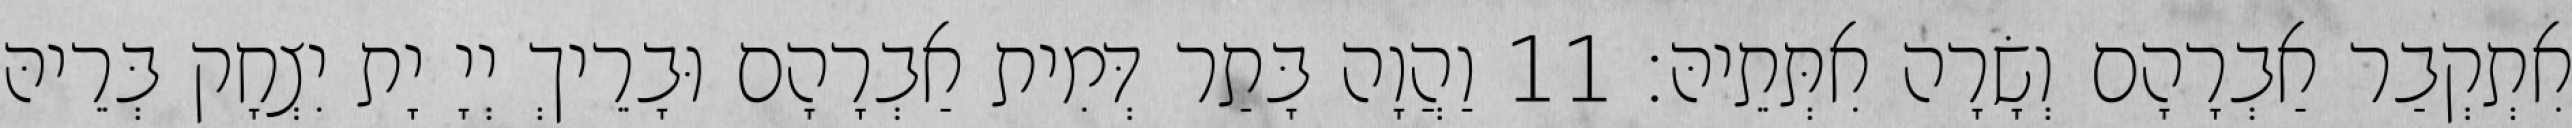
אִתְקְבַר אַבְרָהָם וְשָׂרָה אִתְּתֵיהּ׃ 11 וַהֲוָה בָּתַר דְּמִית אַבְרָהָם וּבָרֵיךְ יְיָ יָת יִצְחָק בְּרֵיהּ